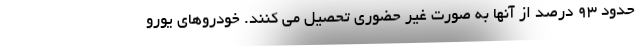
حدود ۹۳ درصد از آنها به صورت غیر حضوری تحصیل می کنند. خودرو‌های یورو